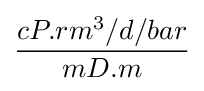
{\frac {cP.rm^{3}/d/bar}{mD.m}}